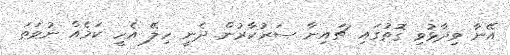
އޭނާ ވިދާޅުވި ގޮތުގައި ޗައިނާ ސަރުކާރުން ދެނީ ހިލޭ އެހީ ކަމެއް ނުވަތަ